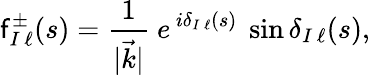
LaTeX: \mathsf{f}_{{I\, \ell}}^{\pm}(s)={\frac{{1}}{{\vert\vec{{k}}\vert}}}\ e\, ^{i\delta_{I\, \ell}(s)}\ \sin\delta_{I\, \ell}(s),